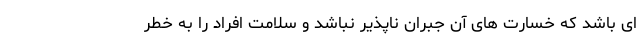
ای باشد که خسارت های آن جبران ناپذیر نباشد و سلامت افراد را به خطر